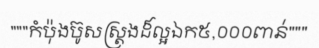
"""កំប៉ុងប៊ូសស្ត្រងដ៏ល្អឯក៥,០០០ពាន់"""